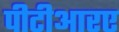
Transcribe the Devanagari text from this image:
पीटीआरए